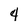
Character: 4